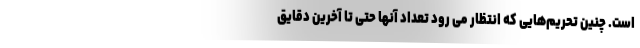
است. چنین تحریم‌هایی که انتظار می رود تعداد آنها حتی تا آخرین دقایق